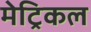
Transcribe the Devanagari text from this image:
मेट्रिकल